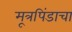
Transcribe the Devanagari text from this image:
मूत्रपिंडाचा